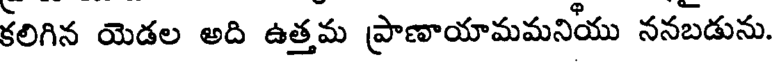
కలిగిన యెడల అది ఉత్తమ ప్రాణాయామమనియు ననబడును.